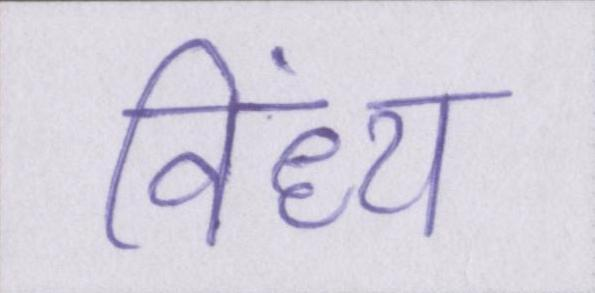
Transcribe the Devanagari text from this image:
विंध्य